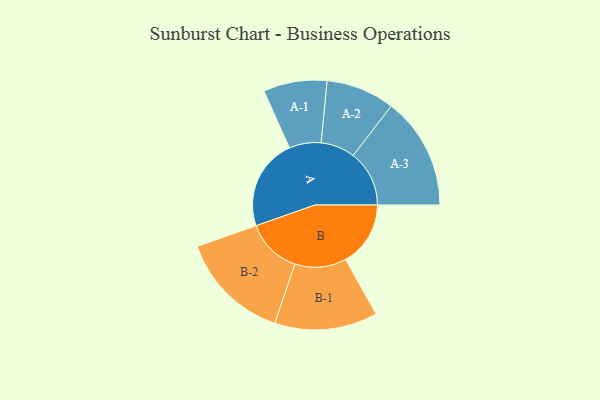
{"axis": {"x": "Segment", "y": "Value"}, "legend": ["", "A", "B"], "data": [{"x": "A", "y": 319, "type": ""}, {"x": "B", "y": 227, "type": ""}, {"x": "A-1", "y": 111, "type": "A"}, {"x": "A-2", "y": 120, "type": "A"}, {"x": "A-3", "y": 196, "type": "A"}, {"x": "B-1", "y": 180, "type": "B"}, {"x": "B-2", "y": 194, "type": "B"}]}